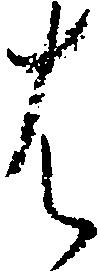
は